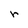
Character: r